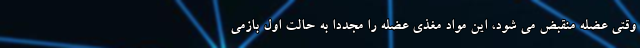
وقتی عضله منقبض می شود، این مواد مغذی عضله را مجددا به حالت اول بازمی